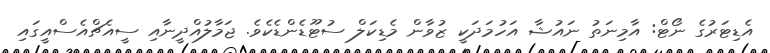
އެޑިޓަރުގެ ނޯޓް: އާމިނަތު ނައުޝާ އަހުމަދަކީ ޒުވާން މެޑިކަލް ސުޓޫޑެންޑެކެވެ. ޖަމާލުއްދީނާއި ސީއެޗްއެސްއީގައި